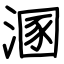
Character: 溷